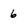
Character: 6